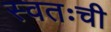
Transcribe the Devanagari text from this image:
स्वतःची